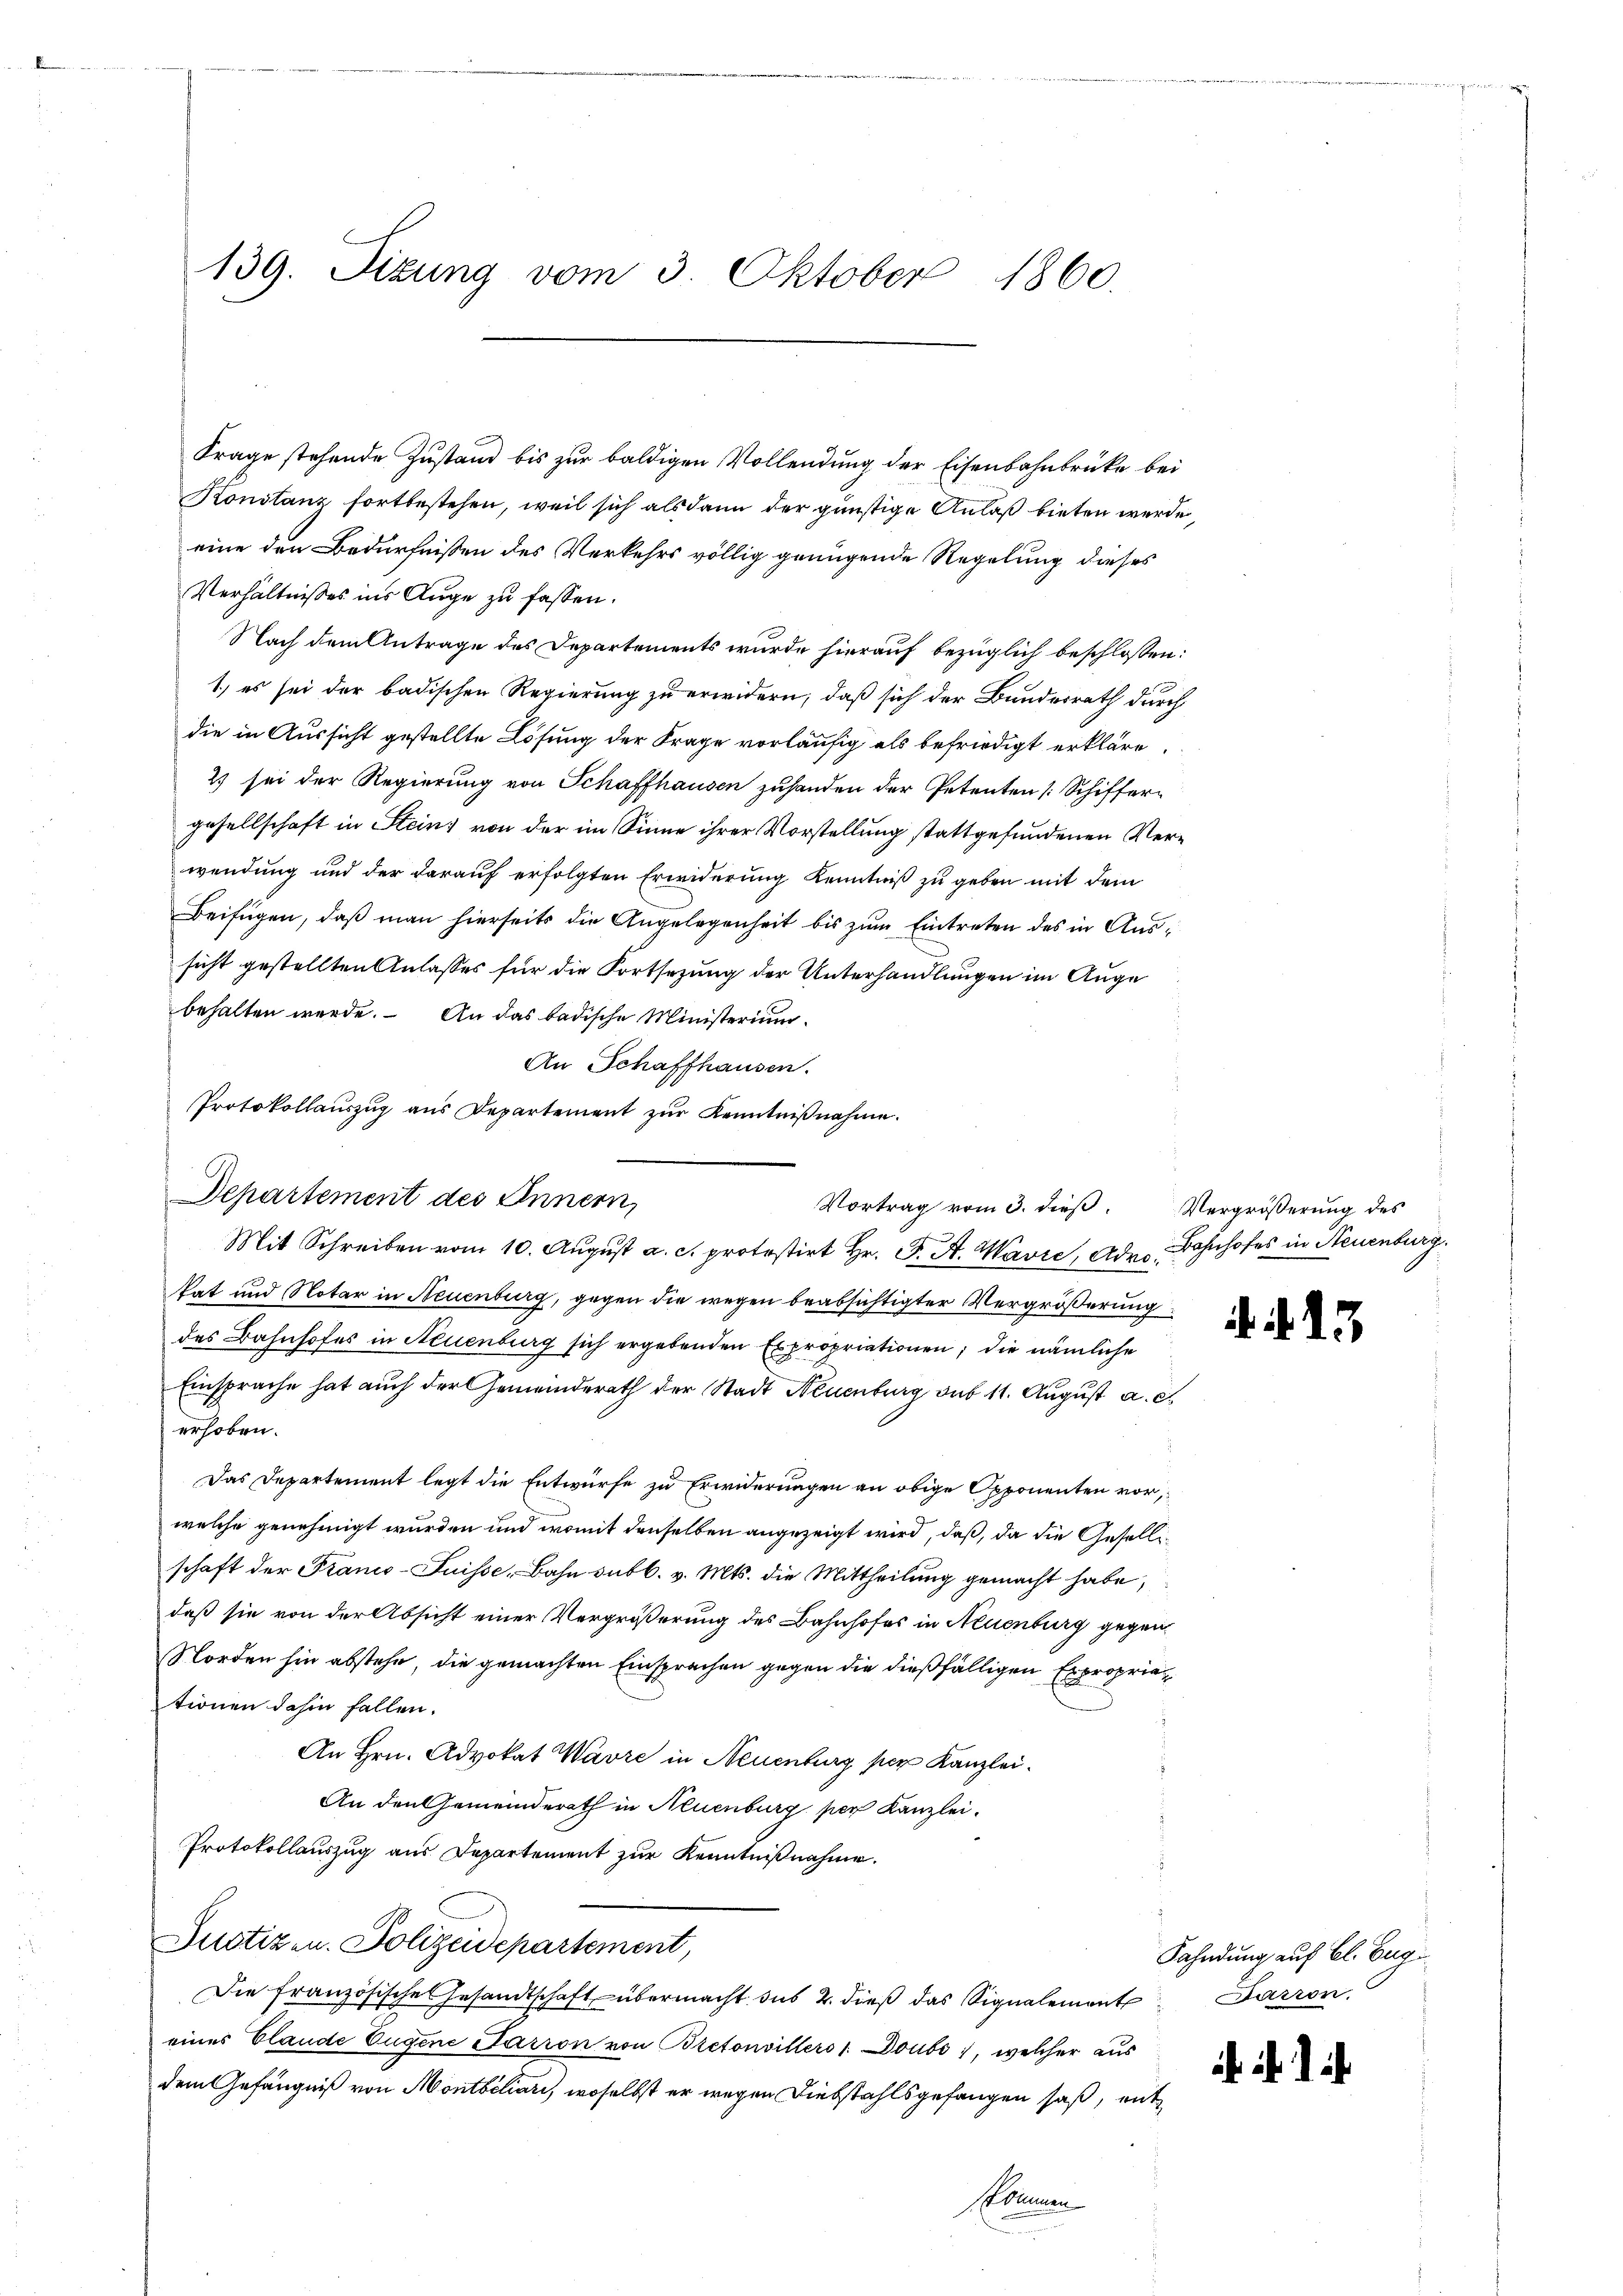
139. Sizung vom 3 Oktober 1860.

Frage stehende Zustand bis zur baldigen Vollendung der Eisenbahnbrücke bei
Konstanz fortbestehen, weil sich als dann der günstige Anlaß bieten werde,
eine den Bedürfnissen des Verkehrs völlig genügende Regelung dieses
Verhältnisses ins Auge zu fassen.
Nach dem Antrage des Departements wurde hierauf bezüglich beschlossen:
1) es sei der badischen Regierung zu erwidern, daß sich der Bundesrath durch
die in Aussicht gestellte Lösung der Frage vorläufig als befriedigt erkläre.
2) sei der Regierung von Schaffhausen zuhanden der Petenten (Schiffergesellschaft in Steins von der im Sinne ihrer Vorstellung stattgefundenen Verwendung und der darauf erfolgten Erwiderung Kenntniß zu geben mit dem
Beifügen, daß man hierseits die Angelegenheit bis zum Eintreten des in Aussicht gestellten Anlasses für die Fortsezung der Unterhandlungen im Auge
behalten werde. An das badische Ministerium
An Schaffhausen.
Protokollaŭszŭg aŭs Departement zŭr Kenntniβnahme.
Departement des Innern,
kat und Notar in Neuenburg, gegen die wegen beabsichtigter Vergrößerung
des Bahnhofes in Neuenburg sich ergebenden Expropriationen; die nämliche
Einsprache hat auch der Gemeinderath der Stadt Neuenburg sub 11. August a. c.
erhoben.
Das Departement legt die Entwurfe zu Erwiderungen an obige Opponenten vor,
welche genehmigt wurden und womit denselben angezeigt wird, daß, da die Gesellischaft der Franco-Suisse, Bahn subb. v. Mts. die Mittheilung gemacht habe,
daß sie von der Absicht einer Vergrößerung des Bahnhofes in Neuenburg gegen¬
Norden hin abstehe, die gemachten Einsprachen gegen die dießfälligen Expropriationen dahin fallen.
An Hrn. Advokat Wavre in Neuenburg per Kanzlei.
An den Gemeinderath in Neuenburg per Kanzlei.
Protokollauszug aus Departement zur Kenntnißnahme.
Justizen. Polizeidepartement,
Die französisches Gesandtschaft übermacht das 2. dieß das Signalement Barron
eines Elande Eugene Parron von Bretonvillers 1 Doubs), welcher aus
dem Gefängniß von Montbiliari, woselbst er wegen Diebstahlsgefangen saß, ent
skommen

Vortrag vom 3. dieß. Vergrößerung des
Mit Schreiben vom 10. August a. c. protestirt Hr. P. A. Wavić, Adro¬

Bahnhofes in Neuenburg.

. f. 13

1

Fahndung auf Bl. Eug